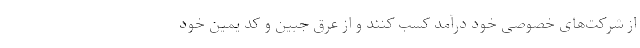
از شرکت‌های خصوصی خود درآمد کسب کنند و از عرق جبین و کد یمین خود